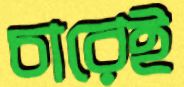
চারেই